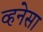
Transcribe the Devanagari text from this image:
व्हनेसा